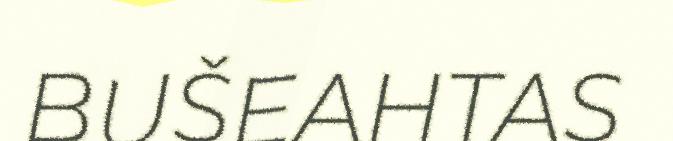
BUŠEAHTAS